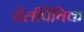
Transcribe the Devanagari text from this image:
टेलीपैथिक